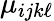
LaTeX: \mu_{ijk\ell}